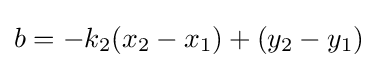
b=-k_{2}(x_{2}-x_{1})+(y_{2}-y_{1})